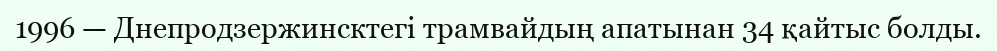
1996 — Днепродзержинсктегi трамвайдың апатынан 34 қайтыс болды.